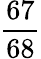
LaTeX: \frac{67}{68}